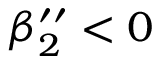
\beta _ { 2 } ^ { \prime \prime } < 0